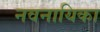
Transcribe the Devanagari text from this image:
नवनायिका